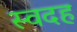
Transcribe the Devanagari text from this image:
स्वदह